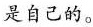
是自己的。